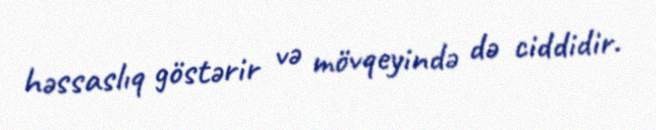
həssaslıq göstərir və mövqeyində də ciddidir.